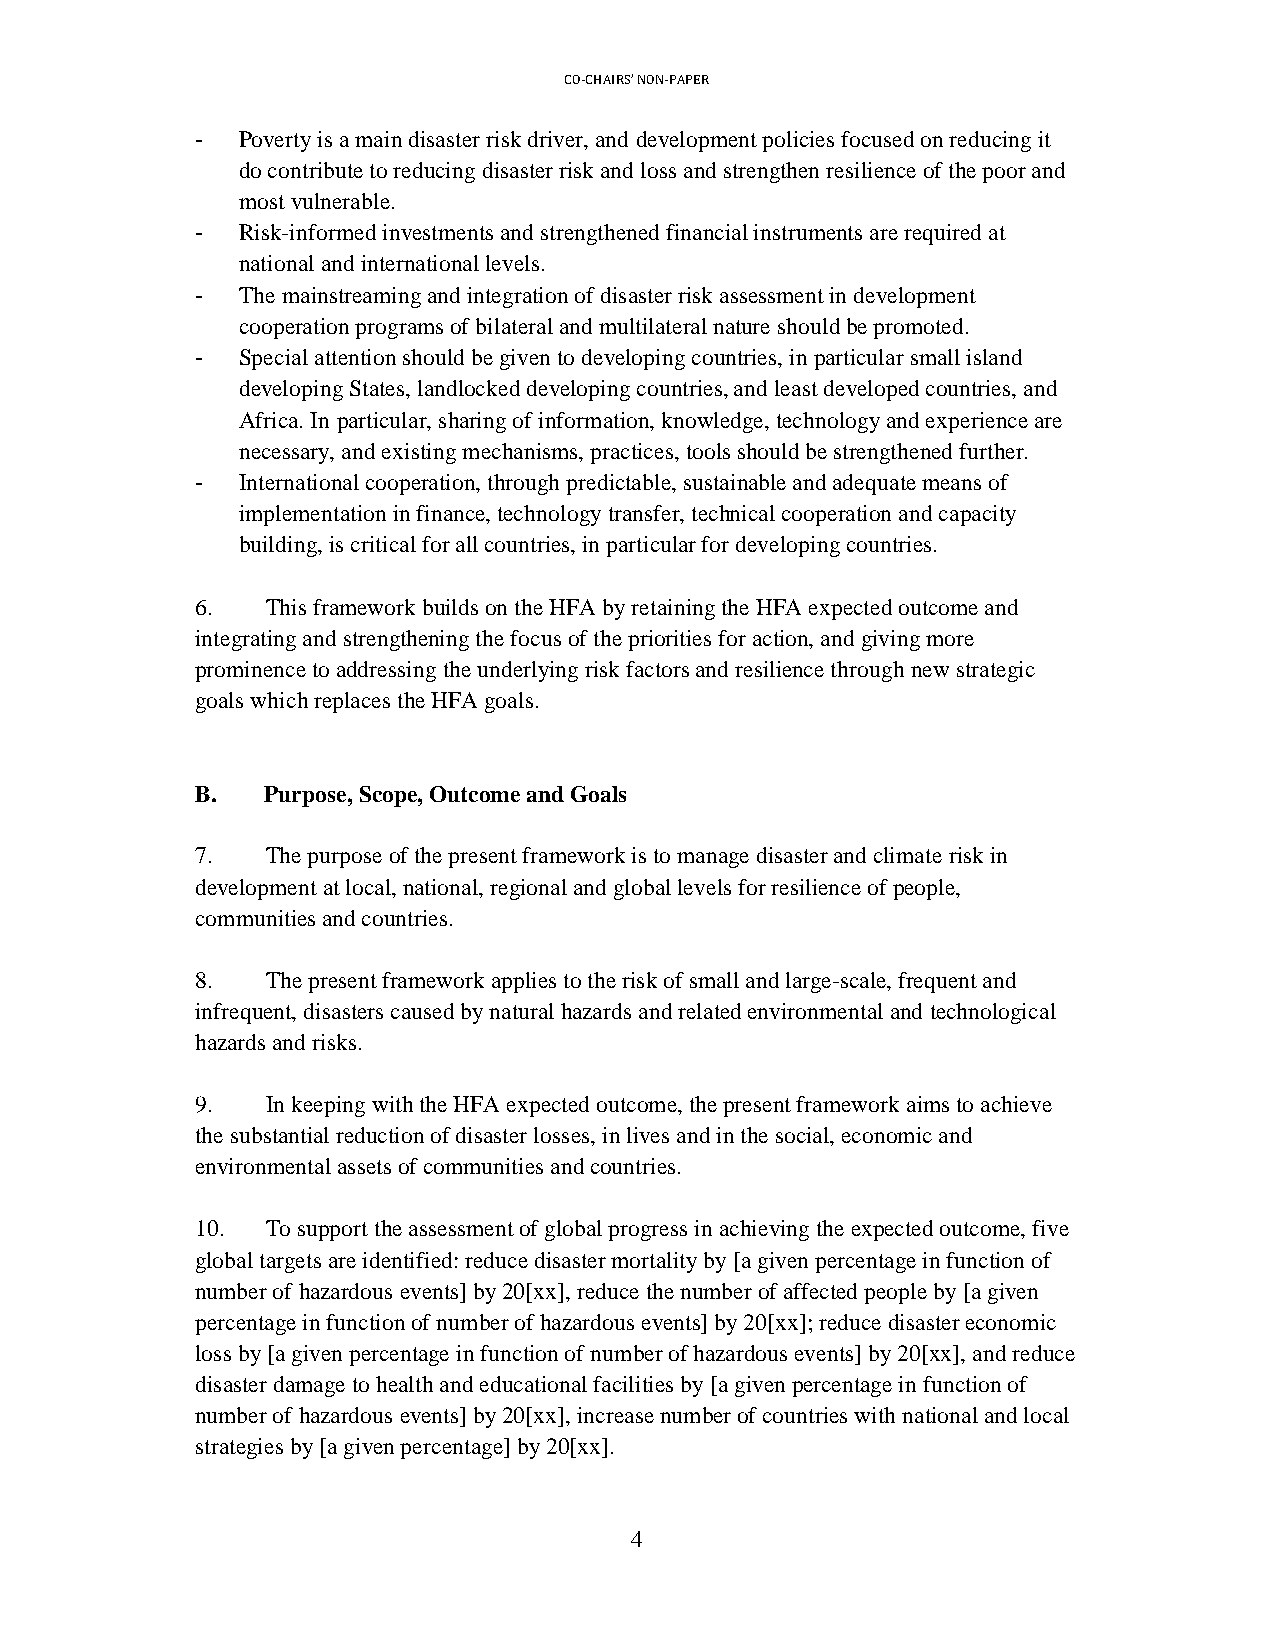
CO-CHAIRS’ NON-PAPER
 -  Poverty is a main disaster risk driver, and development policies focused on reducing it
 do contribute to reducing disaster risk and loss and strengthen resilience of the poor and
 most vulnerable.
 -  Risk-informed investments and strengthened financial instruments are required at
 national and international levels.
 -  The mainstreaming and integration of disaster risk assessment in development
 cooperation programs of bilateral and multilateral nature should be promoted.
 -  Special attention should be given to developing countries, in particular small island
 developing States, landlocked developing countries, and least developed countries, and
 Africa. In particular, sharing of information, knowledge, technology and experience are
 necessary, and existing mechanisms, practices, tools should be strengthened further.
 -  International cooperation, through predictable, sustainable and adequate means of
 implementation in finance, technology transfer, technical cooperation and capacity
 building, is critical for all countries, in particular for developing countries.
 6.   This framework builds on the HFA by retaining the HFA expected outcome and
 integrating and strengthening the focus of the priorities for action, and giving more
 prominence to addressing the underlying risk factors and resilience through new strategic
 goals which replaces the HFA goals.
 B.  Purpose, Scope, Outcome and Goals
 7.   The purpose of the present framework is to manage disaster and climate risk in
 development at local, national, regional and global levels for resilience of people,
 communities and countries.
 8.   The present framework applies to the risk of small and large-scale, frequent and
 infrequent, disasters caused by natural hazards and related environmental and technological
 hazards and risks.
 9.   In keeping with the HFA expected outcome, the present framework aims to achieve
 the substantial reduction of disaster losses, in lives and in the social, economic and
 environmental assets of communities and countries.
 10.  To support the assessment of global progress in achieving the expected outcome, five
 global targets are identified: reduce disaster mortality by [a given percentage in function of
 number of hazardous events] by 20[xx], reduce the number of affected people by [a given
 percentage in function of number of hazardous events] by 20[xx]; reduce disaster economic
 loss by [a given percentage in function of number of hazardous events] by 20[xx], and reduce
 disaster damage to health and educational facilities by [a given percentage in function of
 number of hazardous events] by 20[xx], increase number of countries with national and local
 strategies by [a given percentage] by 20[xx].
 4